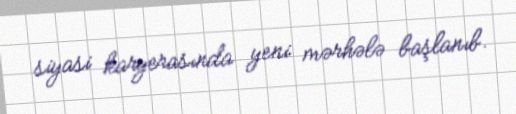
siyasi karyerasında yeni mərhələ başlanıb.